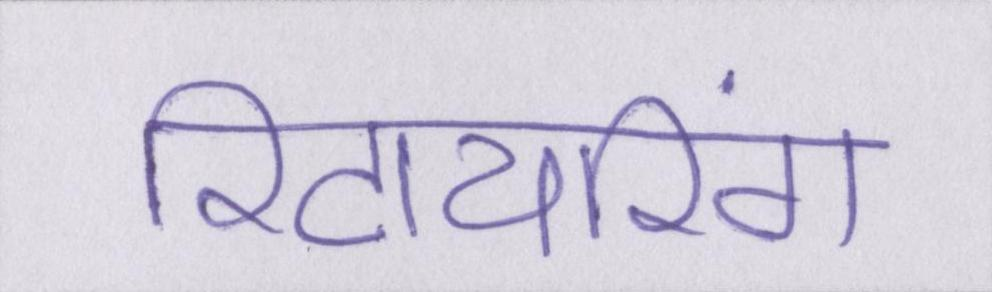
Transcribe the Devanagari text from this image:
रिटायरिंग